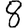
Digit: 8